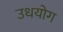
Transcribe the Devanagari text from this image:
उधयोग